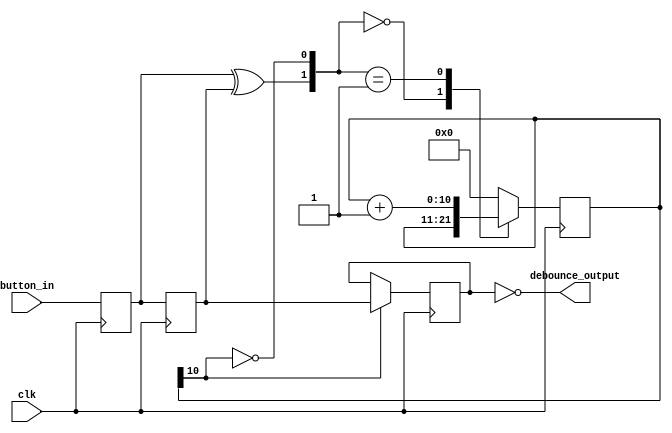
module  DeBounce
	(
	input 			clk, button_in,				// inputs
	output debounce_output													// output
	);
	assign debounce_output = ~DB_out;
//// ---------------- internal constants --------------
	reg 	DB_out;													// output
	parameter N = 11 ;		// (2^ (21-1) )/ 38 MHz = 32 ms debounce time
////---------------- internal variables ---------------
	reg  [N-1 : 0]	q_reg;							// timing regs
	reg  [N-1 : 0]	q_next;
	reg DFF1, DFF2;									// input flip-flops
	wire q_add;											// control flags
	wire q_reset, n_reset;
//// ------------------------------------------------------
assign n_reset =1'b1;

////contenious assignment for counter control
	assign q_reset = (DFF1  ^ DFF2);		// xor input flip flops to look for level chage to reset counter
	assign  q_add = ~(q_reg[N-1]);			// add to counter when q_reg msb is equal to 0

//// combo counter to manage q_next
	always @ ( q_reset, q_add, q_reg)
		begin
			case( {q_reset , q_add})
				2'b00 :
						q_next <= q_reg;
				2'b01 :
						q_next <= q_reg + 1;
				default :
						q_next <= { N {1'b0} };
			endcase
		end

//// Flip flop inputs and q_reg update
	always @ ( posedge clk )
		begin
			if(n_reset ==  1'b0)
				begin
					DFF1 <= 1'b0;
					DFF2 <= 1'b0;
					q_reg <= { N {1'b0} };
				end
			else
				begin
					DFF1 <= button_in;
					DFF2 <= DFF1;
					q_reg <= q_next;
				end
		end

//// counter control
	always @ ( posedge clk )
		begin
			if(q_reg[N-1] == 1'b1)
					DB_out <= DFF2;
			else
					DB_out <= DB_out;
		end

	endmodule